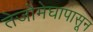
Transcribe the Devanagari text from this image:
तेजोमेघापासून